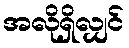
အလိုရှိလျှင်